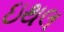
ઇથલ